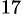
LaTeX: ^{17}